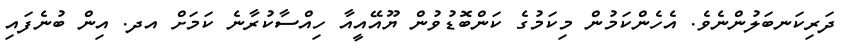
ދަރިކަނބަލުންނެވެ. އެހެންކަމުން މިކަމުގެ ކަންބޮޑުވުން ޔޫއޭއީއާ ހިއްސާކުރާނެ ކަމަށް އދ. އިން ބުނެފައި